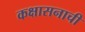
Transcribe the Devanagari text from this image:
कक्षासनाची